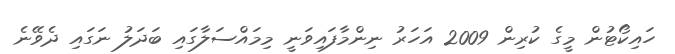
ހައިކޯޓުން މީގެ ކުރިން 2009 އަހަރު ނިންމާފައިވަނީ މިމައްސަލާގައި ބަދަލު ނަގައި ދެވޭނެ